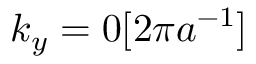
k _ { y } = 0 [ 2 \pi a ^ { - 1 } ]